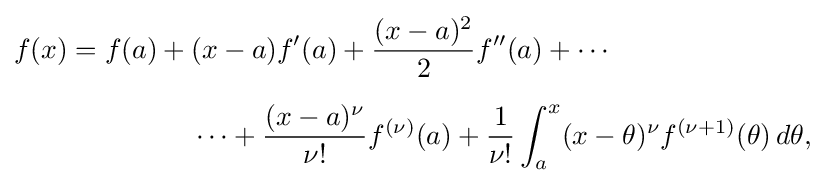
{\begin{aligned}f(x)=f(a)+{}&(x-a)f'(a)+{\frac {(x-a)^{2}}{2}}f''(a)+\cdots \\[6pt]&\cdots +{\frac {(x-a)^{\nu }}{\nu !}}f^{(\nu )}(a)+{\frac {1}{\nu !}}\int _{a}^{x}(x-\theta )^{\nu }f^{(\nu +1)}(\theta )\,d\theta ,\end{aligned}}